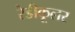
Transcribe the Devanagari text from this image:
रेडीकूलर